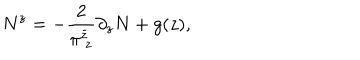
LaTeX: N ^ { z } = - \frac { 2 } { \pi _ { ~ z } ^ { \bar { z } } } \partial _ { z } N + g ( z ) ,